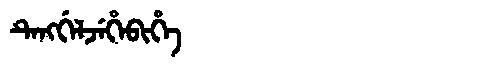
Manchu: ᡨᡝᠩᡤᡝᠯᠵᡝᡥᡝᠪᡳᡥᡝ
Romanization: TENGGELJEHEBIHE